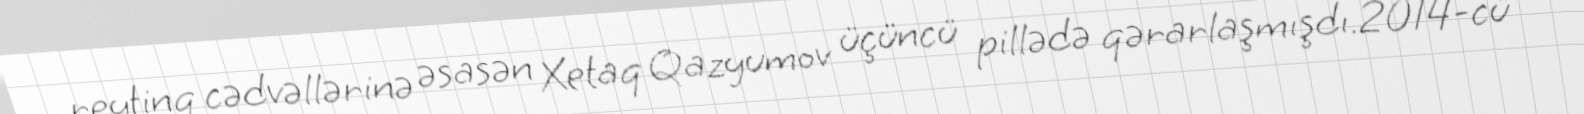
reytinq cədvəllərinə əsasən Xetaq Qazyumov üçüncü pillədə qərarlaşmışdı.2014-cü